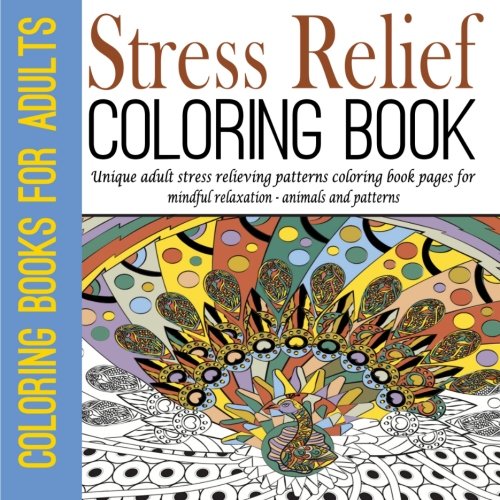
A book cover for Coloring Books for Adults: Unique adult stress relieving patterns coloring book pages for mindful relaxation - animals and patterns (Coloring Books ... anti stress coloring book) (Volume 1); Coloring Books for Adults; Arts & Photography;